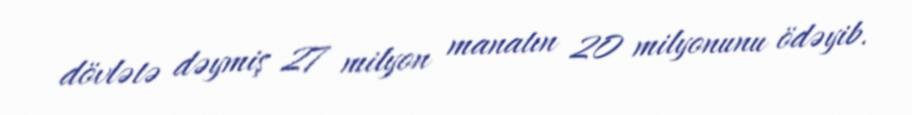
dövlətə dəymiş 27 milyon manatın 20 milyonunu ödəyib.